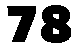
78